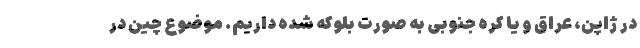
در ژاپن، عراق و یا کره جنوبی به صورت بلوکه شده داریم. موضوع چین در